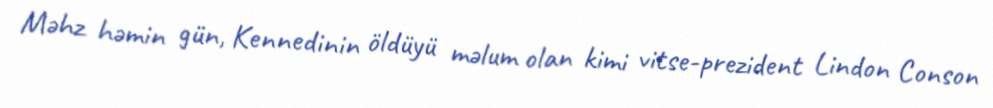
Məhz həmin gün, Kennedinin öldüyü məlum olan kimi vitse-prezident Lindon Conson